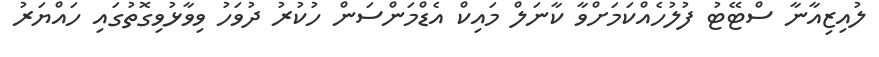
ލުއިޒިއާނާ ސްޓޭޓު ފުލުހެއްކަމަށްވާ ކާނަލް މައިކް އެޑްމަންސަން ހުކުރު ދުވަހު ވިވާޅުވިގޮތުގައި ހައްޔަރު